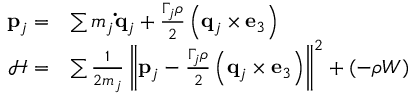
\begin{array} { r l } { \mathbf { p } _ { j } = } & { \sum m _ { j } \mathbf { \dot { q } } _ { j } + \frac { \Gamma _ { j } \rho } { 2 } \left( \mathbf { q } _ { j } \times \mathbf { e } _ { 3 } \right) } \\ { \mathcal { H } = } & { \sum \frac { 1 } { 2 m _ { j } } \left\| \mathbf { p } _ { j } - \frac { \Gamma _ { j } \rho } { 2 } \left( \mathbf { q } _ { j } \times \mathbf { e } _ { 3 } \right) \right\| ^ { 2 } + ( - \rho W ) } \end{array}